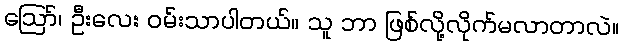
ဪ၊ ဦးလေး ဝမ်းသာပါတယ်။ သူ ဘာ ဖြစ်လို့လိုက်မလာတာလဲ။